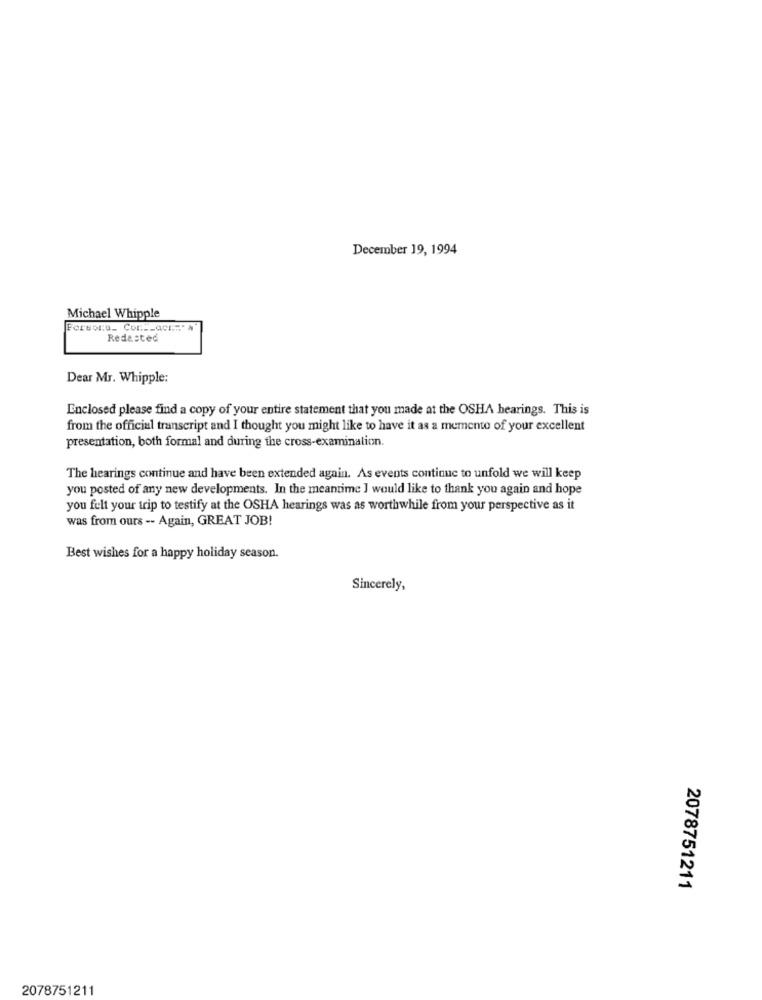
December 19, 1994
Michael Whipple
Forsoru_ Cor __ acr=" #"
Redasted
Dear Mr. Whipple:
Enclosed please find a copy of your entire statement that you made at the OSHA hearings. This is
from the official transcript and I thought you might like to have it as a memento of your excellent
presentation, both formal and during the cross-examination.
The hearings continue and have been extended again. As events continue to unfold we will keep
you posted of any new developments. In the meantime I would like to thank you again and hope
you felt your trip to testify at the OSHA hearings was as worthwhile from your perspective as it
was from ours -- Again, GREAT JOB!
Best wishes for a happy holiday season.
Sincerely,
2078751211
2078751211